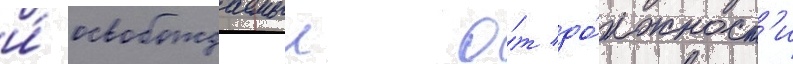
и́ освобождаемыи о́т до́лжност'и